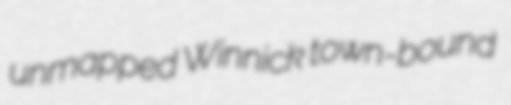
unmapped Winnick town-bound